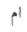
ام